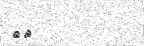
٢٠